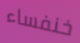
خنفساء